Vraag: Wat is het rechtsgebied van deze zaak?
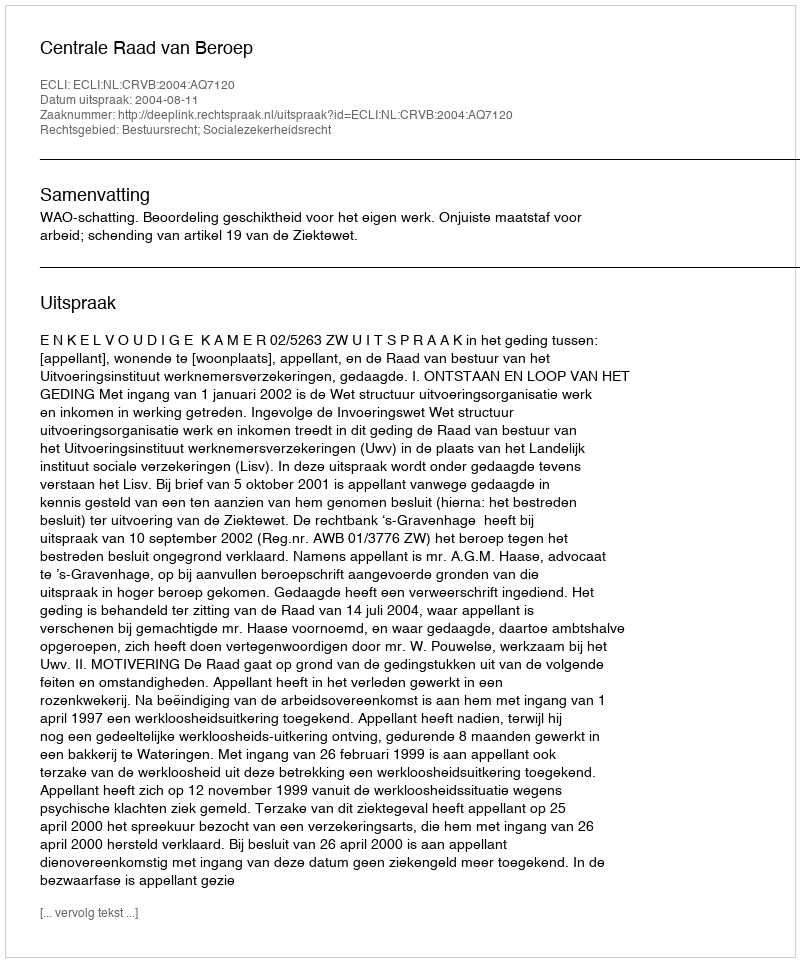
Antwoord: Bestuursrecht; Socialezekerheidsrecht